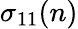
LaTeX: \sigma_{11}(n)